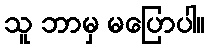
သူ ဘာမှ မပြောပါ။